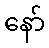
နော်